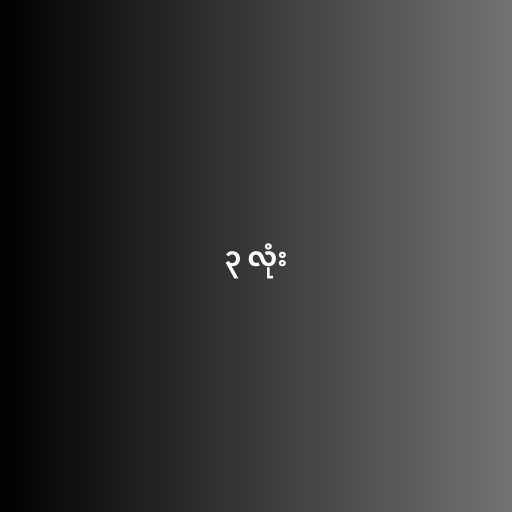
၃ လုံး